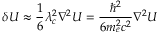
\delta U \approx { \frac { 1 } { 6 } } \lambda _ { c } ^ { 2 } \nabla ^ { 2 } U = { \frac { \hbar ^ { 2 } } { 6 m _ { e } ^ { 2 } c ^ { 2 } } } \nabla ^ { 2 } U